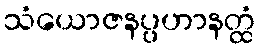
သံယောဇနပ္ပဟာနတ္ထံ